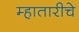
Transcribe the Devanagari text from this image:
म्हातारीचे